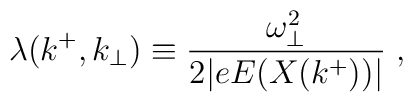
\lambda(k^+,k_{\bot}) \equiv {\omega^2_{\bot} \over 2 \vert e E(X(k^+)) \vert}\; ,